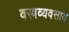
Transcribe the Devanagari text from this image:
वस्त्रव्यवसाय